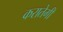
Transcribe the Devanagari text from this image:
करातेगी